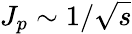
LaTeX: J_{p}\sim 1/\sqrt{s}